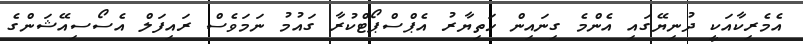
އެމެރިކާއަކީ ދުނިޔޭގައި އެންމެ ގިނައިން ހަތިޔާރު އެޕްސްޕޯޓްކުރާ ގައުމު ނަމަވެސް ރައިފަލް އެސޯސިއޭޝަންގެ